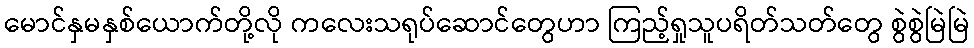
မောင်နှမနှစ်ယောက်တို့လို ကလေးသရုပ်ဆောင်တွေဟာ ကြည့်ရှုသူပရိတ်သတ်တွေ စွဲစွဲမြဲမြဲ